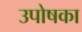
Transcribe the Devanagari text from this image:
उपोषका